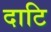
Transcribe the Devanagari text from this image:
दाटि